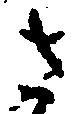
さ